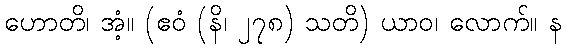
ဟောတိ၊ အံ့။ (ဧဝံ (နိ၊ ၂၇၈) သတိ) ယာဝ၊ လောက်။ န